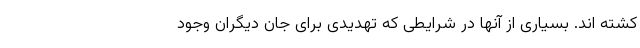
کشته اند. بسیاری از آنها در شرایطی که تهدیدی برای جان دیگران وجود